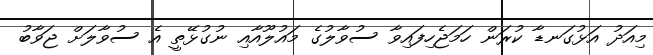
މިއަދު އަޅުގަނޑާ ކުރަން ހަމަޖެހިފައިވާ ސުވާލުގެ މައުލޫއާއި ނުގުޅޭތީ އެ ސުވާލަށް ޖަވާބު